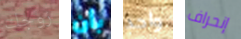
زوجك بأن واحد إنحراف